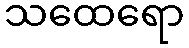
သထေရော